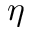
\eta